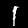
Digit: 1